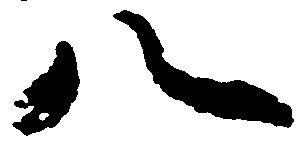
八